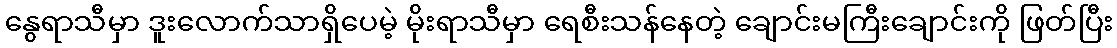
နွေရာသီမှာ ဒူးလောက်သာရှိပေမဲ့ မိုးရာသီမှာ ရေစီးသန်နေတဲ့ ချောင်းမကြီးချောင်းကို ဖြတ်ပြီး